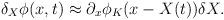
LaTeX: \begin{align*}\delta _{X}\phi (x,t)\approx \partial _{x}\phi _{K}(x-X(t))\delta X.\end{align*}